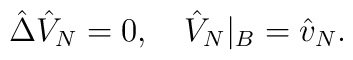
\hat{\Delta}{\hat{V}_N}=0,\quad{\hat{V}_N}{|_B}={\hat{v}_N}.